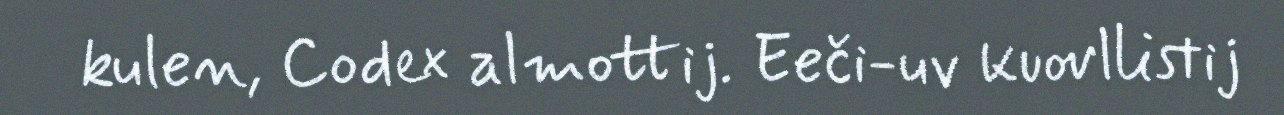
kulen, Codex almottij. Eeči-uv kuovllistij